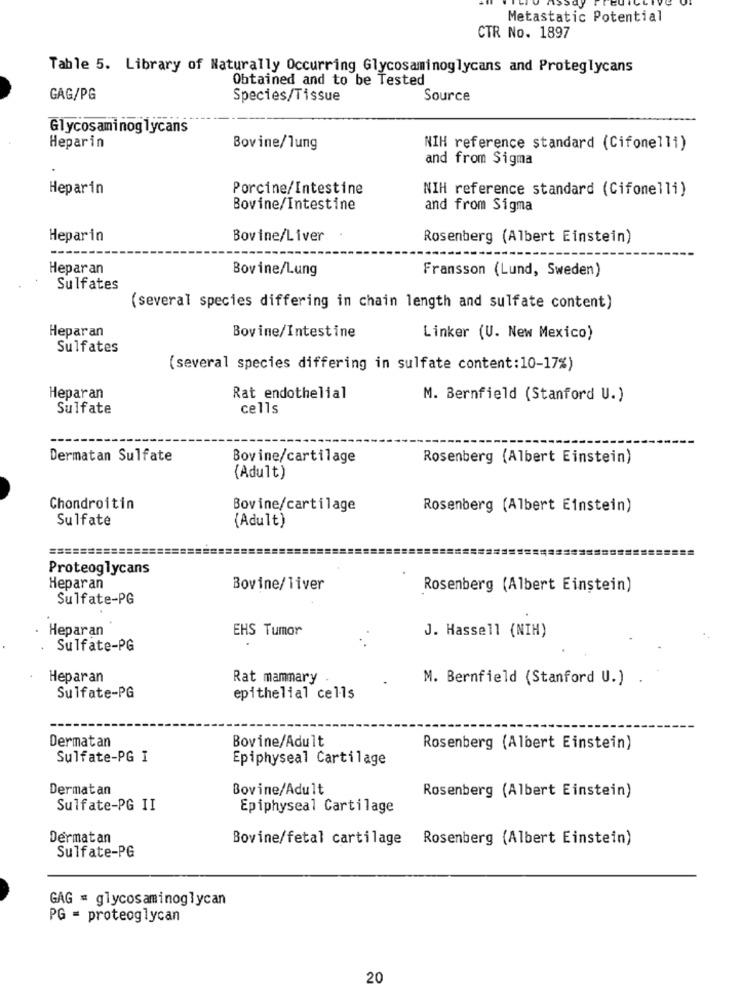
Metastatic Potential
CTR No. 1897
Table 5. Library of Naturally Occurring Glycosaminoglycans and Proteglycans
Obtained and to be Tested
GAG/PG
Species/Tissue
Source
Glycosaminoglycans
Heparin
Bovine/lung
NIH reference standard (Cifonelli)
and from Sigma
Heparin
Porcine/Intestine
NIH reference standard (Cifonelli)
Bovine/Intestine
and from Sigma
Heparin
Bovine/Liver
Rosenberg (Albert Einstein)
Heparan
Bovine/Lung
Fransson (Lund, Sweden)
Sulfates
(several species differing in chain length and sulfate content)
Heparan
Bovine/Intestine
Linker (U. New Mexico)
Sulfates
(several species differing in sulfate content:10-17%)
Heparan
Rat endothelial
M. Bernfield (Stanford U.)
Sulfate
cells
Dermatan Sulfate
Bovine/cartilage
Rosenberg (Albert Einstein)
(Adult)
Chondroitin
Bovine/cartilage
Rosenberg (Albert Einstein)
Sulfate
(Adult)
Proteoglycans
Heparan
Bovine/liver
Rosenberg (Albert Einstein)
Sulfate-PG
Heparan
EHS Tumor
J. Hassell (NIH)
Sulfate-PG
Heparan
Rat mammary
M. Bernfield (Stanford U.) .
Sulfate-PG
epithelial cells
Dermatan
Bovine/Adult
Rosenberg (Albert Einstein)
Sulfate-PG I
Epiphyseal Cartilage
Dermatan
Bovine/Adult
Rosenberg (Albert Einstein)
Sulfate-PG II
Epiphyseal Cartilage
Dermatan
Bovine/fetal cartilage Rosenberg (Albert Einstein)
Sulfate-PG
GAG = glycosaminoglycan
PG = proteoglycan
20